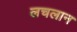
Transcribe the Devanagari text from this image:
लचलान